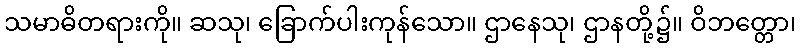
သမာဓိတရားကို။ ဆသု၊ ခြောက်ပါးကုန်သော။ ဌာနေသု၊ ဌာနတို့၌။ ဝိဘတ္တော၊